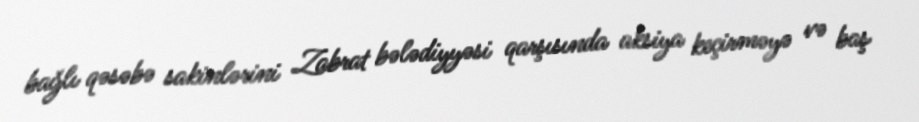
bağlı qəsəbə sakinlərini Zabrat bələdiyyəsi qarşısında aksiya keçirməyə və baş